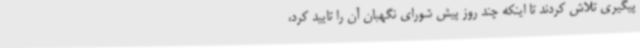
پیگیری تلاش کردند تا اینکه چند روز پیش شورای نگهبان آن را تایید کرد،